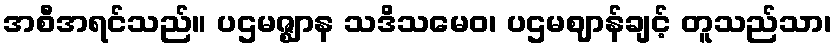
အစီအရင်သည်။ ပဌမဇ္ဈာန သဒိသမေဝ၊ ပဌမဈာန်ချင့် တူသည်သာ၊